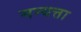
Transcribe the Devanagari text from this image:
मन्यत्ता